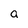
Character: a